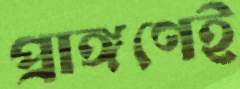
প্রাঙ্গণেই